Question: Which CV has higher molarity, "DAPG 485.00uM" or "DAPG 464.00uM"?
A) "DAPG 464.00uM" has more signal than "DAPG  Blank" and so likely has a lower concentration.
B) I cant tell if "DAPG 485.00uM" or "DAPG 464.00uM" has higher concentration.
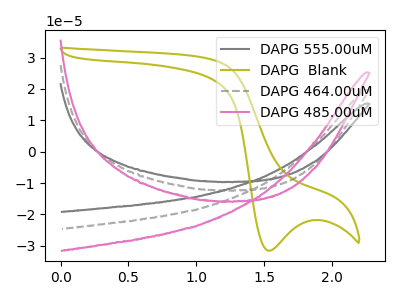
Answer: <think>The gray curve "DAPG 555.00uM" has no peaks. The olive curve "DAPG  Blank" has a cathodic peak at: (1.55V, -31.60uA). The gray dashed curve "DAPG 464.00uM" has no peaks. The pink curve "DAPG 485.00uM" has no peaks.
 Neither "DAPG 485.00uM" or "DAPG 464.00uM" have any peaks.</think>
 <answer>B) I cant tell if "DAPG 485.00uM" or "DAPG 464.00uM" has higher concentration.</answer>
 <eval>B</eval>